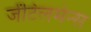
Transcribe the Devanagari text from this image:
जेंटिलमेन्स